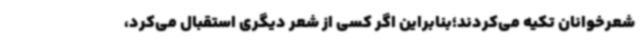
شعرخوانان تکیه می‌کردند؛بنابراین اگر کسی از شعر دیگری استقبال می‌کرد،